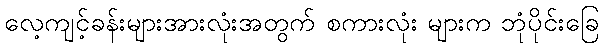
လေ့ကျင့်ခန်းများအားလုံးအတွက် စကားလုံး များက ဘုံပိုင်းခြေ